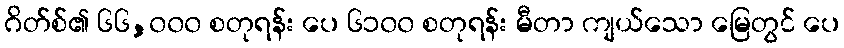
ဂိတ်စ်၏ ၆၆,၀၀၀ စတုရန်း ပေ ၆၁၀၀ စတုရန်း မီတာ ကျယ်သော မြေတွင် ပေ